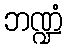
ဘဏ္ဍံ